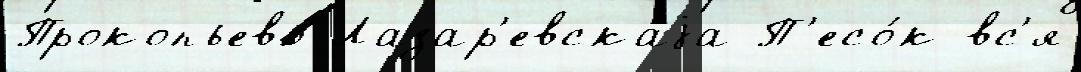
Прокопьево Лазар'евскаjа П'есо́к вс'я